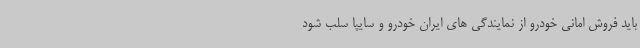
باید فروش امانی خودرو از نمایندگی های ایران خودرو و سایپا سلب شود